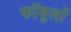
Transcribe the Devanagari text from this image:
फॉमूलों